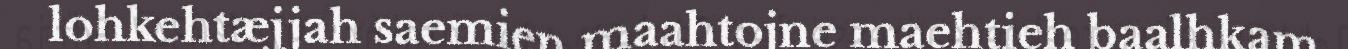
lohkehtæjjah saemien maahtojne maehtieh baalhkam